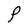
Character: P